Annual administration report of the Civil Veterinary Department of India - 1896-1897
Year: 1896
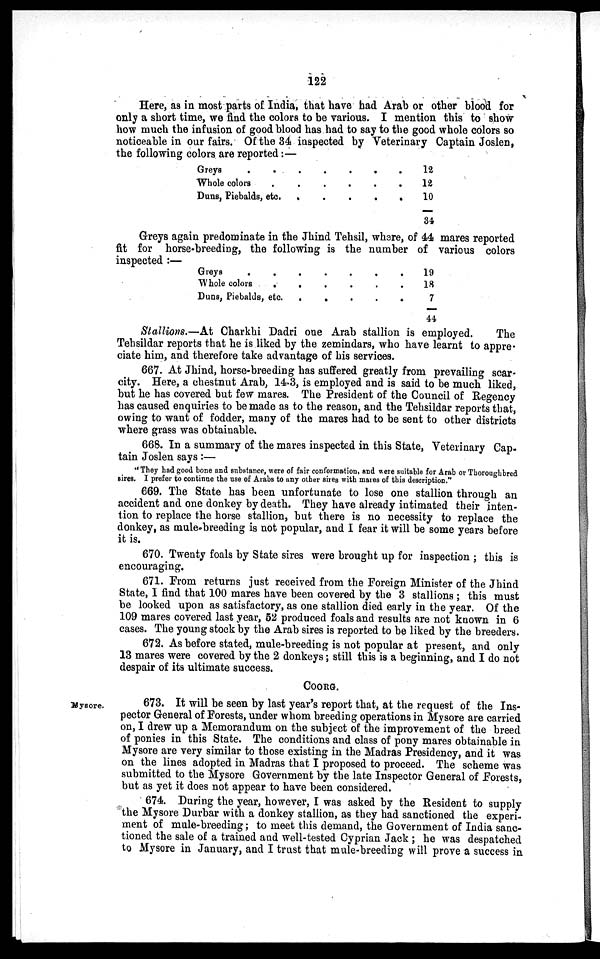
122
Here, as in most parts of India, that have had Arab or other blood for
only a short time, we find the colors to be various. I mention this to show
how much the infusion of good blood has had to say to the good whole colors so
noticeable in our fairs. Of the 34 inspected by Veterinary Captain Joslen,
the following colors are reported:—
Greys . . .
Whole colors . .
Duns, Piebalds, etc.
.
.
.
.
.
.
.
. .
. .
. .
12
12
10
34
Greys again predominate in the Jhind Tehsil, where, of 44 mares reported
fit for horse-breeding, the following is the number of various colors
inspected:—
Greys . .
Whole colors
.
Duns, Piebalds, etc.
.
.
.
.
.
. .
. .
. .
.
. .
19
18
7
44
Stallions.—At Charkhi Dadri one Arab stallion is employed.
The
Tehsildar reports that he is liked by the zemindars, who have learnt to appre-
ciate him, and therefore take advantage of his services.
667. At Jhind, horse-breeding has suffered greatly from prevailing scar-
city. Here, a chestnut Arab, 14.3, is employed and is said to be much liked,
but he has covered but few mares. The President of the Council of Regency
has caused enquiries to be made as to the reason, and the Tehsildar reports that,
owing to want of fodder, many of the mares had to be sent to other districts
where grass was obtainable.
668. In a summary of the mares inspected in this State, Veterinary Cap-
tain Joslen says :—
"They had good bone and substance, were of fair conformation, and were suitable for Arab or Thoroughbred
sires. I prefer to continue the use of Arabs to any other sires with mares of this description."
669. The State has been unfortunate to lose one stallion through an
accident and one donkey by death. They have already intimated their inten-
tion to replace the horse stallion, but there is no necessity to replace the
donkey, as mule breeding is not popular, and I fear it will be some years before
it is.
670. Twenty foals by State sires were brought up for inspection; this is
encouraging.
671. From returns just received from the Foreign Minister of the Jhind
State, I find that 100 mares have been covered by the 3 stallions; this must
be looked upon as satisfactory, as one stallion died early in the year. Of the
109 mares covered last year, 52 produced foals and results are not known in 6
cases. The young stock by the Arab sires is reported to be liked by the breeders.
672. As before stated, mule-breeding is not popular at present, and only
13 mares were covered by the 2 donkeys; still this is a beginning, and I do not
despair of its ultimate success.
COORG.
Mysore.
673. It will be seen by last year's report that, at the request of the Ins-
pector General of Forests, under whom breeding operations in Mysore are carried
on, I drew up a Memorandum on the subject of the improvement of the breed
of ponies in this State. The conditions and class of pony mares obtainable in
Mysore are very similar to those existing in the Madras Presidency, and it was
on the lines adopted in Madras that I proposed to proceed. The scheme was
submitted to the Mysore Government by the late Inspector General of Forests,
but as yet it does not appear to have been considered.
674. During the year, however, I was asked by the Resident to supply
the Mysore Durbar with a donkey stallion, as they had sanctioned the experi-
ment of mule-breeding; to meet this demand, the Government of India sanc-
tioned the sale of a trained and well-tested Cyprian Jack; he was despatched
to Mysore in January, and I trust that mule-breeding will prove a success in